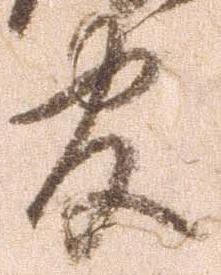
官